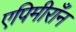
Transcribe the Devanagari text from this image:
एपिमीराँन